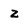
Character: z